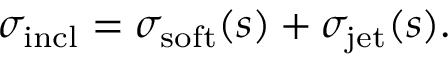
\sigma _ { \mathrm { i n c l } } = \sigma _ { \mathrm { s o f t } } ( s ) + \sigma _ { \mathrm { j e t } } ( s ) .